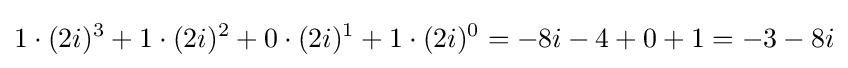
1\cdot (2i)^{3}+1\cdot (2i)^{2}+0\cdot (2i)^{1}+1\cdot (2i)^{0}=-8i-4+0+1=-3-8i